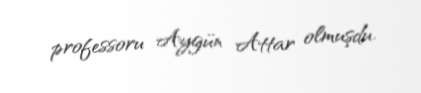
professoru Aygün Attar olmuşdu.